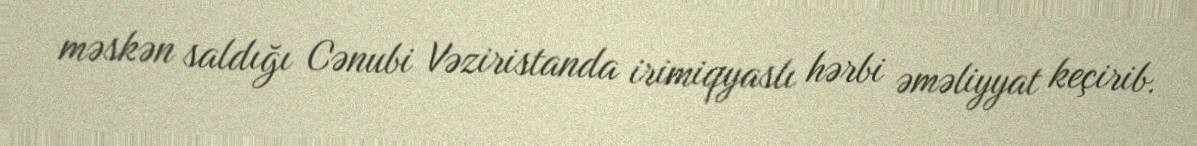
məskən saldığı Cənubi Vəziristanda irimiqyaslı hərbi əməliyyat keçirib.